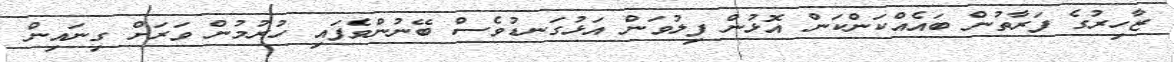
ޒާހިރުގެ ފަރާތުން ބައެއްކަންކަން އޮޅުން ފިލުވަން އަޅުގަނޑުވެސް ބޭނުންވެފައި ހުރުމުން ވަރަށް ގިނައިން